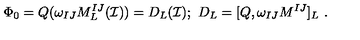
\Phi _ { 0 } = Q ( \omega _ { I J } M _ { L } ^ { I J } ( \mathcal { I } ) ) = D _ { L } ( \mathcal { I } ) ; \ D _ { L } = [ Q , \omega _ { I J } M ^ { I J } ] _ { L } \ .